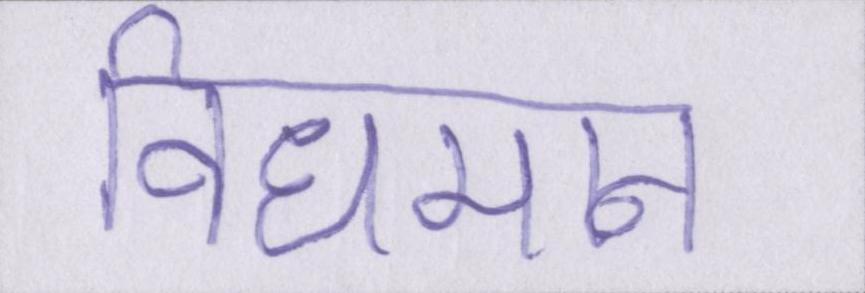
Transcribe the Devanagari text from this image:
विधमान